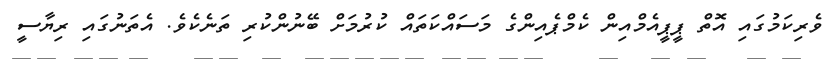
ވެރިކަމުގައި އޮތް ޕީޕީއެމްއިން ކެމްޕެއިންގެ މަސައްކަތައް ކުރުމަށް ބޭނުންކުރި ތަނެކެވެ. އެތަނުގައި ރިޔާސީ